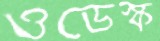
ওডেস্ক